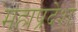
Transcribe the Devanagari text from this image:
महाप्रदेश